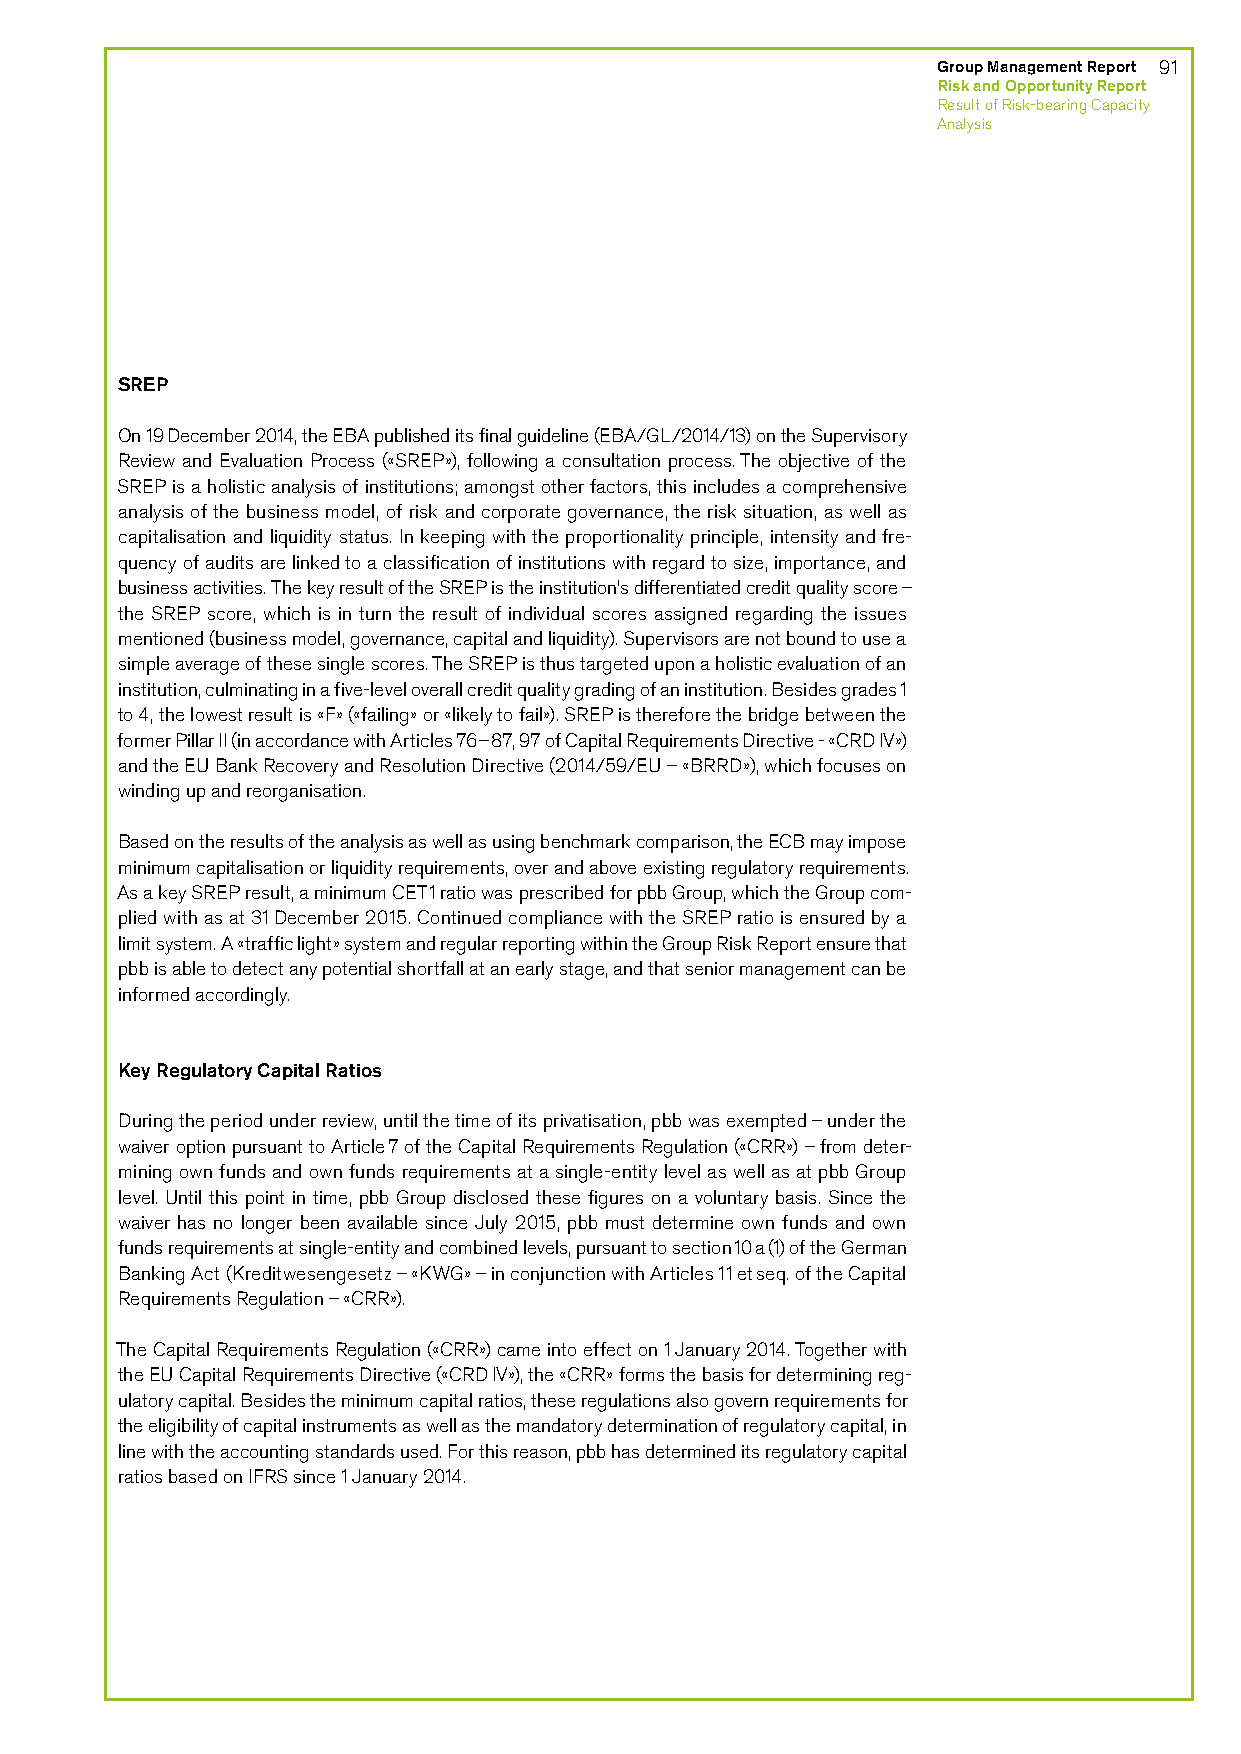
Group Management Report 91
 Risk and Opportunity Report
 Result of Risk-bearing Capacity
 Analysis
 SREP
 On 19 December 2014, the EBA published its final guideline (EBA/GL/2014/13) on the Supervisory
 Review and Evaluation Process («SREP»), following a consultation process. The objective of the
 SREP is a holistic analysis of institutions; amongst other factors, this includes a comprehensive
 analysis of the business model, of risk and corporate governance, the risk situation, as well as
 capitalisation and liquidity status. In keeping with the proportionality principle, intensity and fre-
 quency of audits are linked to a classification of institutions with regard to size, importance, and
 business activities. The key result of the SREP is the institution’s differentiated credit quality score –
 the SREP score, which is in turn the result of individual scores assigned regarding the issues
 mentioned (business model, governance, capital and liquidity). Supervisors are not bound to use a
 simple average of these single scores. The SREP is thus targeted upon a holistic evaluation of an
 institution, culminating in a five-level overall credit quality grading of an institution. Besides grades 1
 to 4, the lowest result is «F» («failing» or «likely to fail»). SREP is therefore the bridge between the
 former Pillar II (in accordance with Articles 76–87, 97 of Capital Requirements Directive - «CRD IV»)
 and the EU Bank Recovery and Resolution Directive (2014/59/EU – «BRRD»), which focuses on
 winding up and reorganisation.
 Based on the results of the analysis as well as using benchmark comparison, the ECB may impose
 minimum capitalisation or liquidity requirements, over and above existing regulatory requirements.
 As a key SREP result, a minimum CET1 ratio was prescribed for pbb Group, which the Group com-
 plied with as at 31 December 2015. Continued compliance with the SREP ratio is ensured by a
 limit system. A «traffic light» system and regular reporting within the Group Risk Report ensure that
 pbb is able to detect any potential shortfall at an early stage, and that senior management can be
 informed accordingly.
 Key Regulatory Capital Ratios
 During the period under review, until the time of its privatisation, pbb was exempted – under the
 waiver option pursuant to Article 7 of the Capital Requirements Regulation («CRR») – from deter-
 mining own funds and own funds requirements at a single-entity level as well as at pbb Group
 level. Until this point in time, pbb Group disclosed these figures on a voluntary basis. Since the
 waiver has no longer been available since July 2015, pbb must determine own funds and own
 funds requirements at single-entity and combined levels, pursuant to section 10 a (1) of the German
 Banking Act (Kreditwesengesetz – «KWG» – in conjunction with Articles 11 et seq. of the Capital
 Requirements Regulation – «CRR»).
 The Capital Requirements Regulation («CRR») came into effect on 1 January 2014. Together with
 the EU Capital Requirements Directive («CRD IV»), the «CRR» forms the basis for determining reg-
 ulatory capital. Besides the minimum capital ratios, these regulations also govern requirements for
 the eligibility of capital instruments as well as the mandatory determination of regulatory capital, in
 line with the accounting standards used. For this reason, pbb has determined its regulatory capital
 ratios based on IFRS since 1 January 2014.